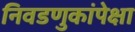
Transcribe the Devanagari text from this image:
निवडणुकांपेक्षा